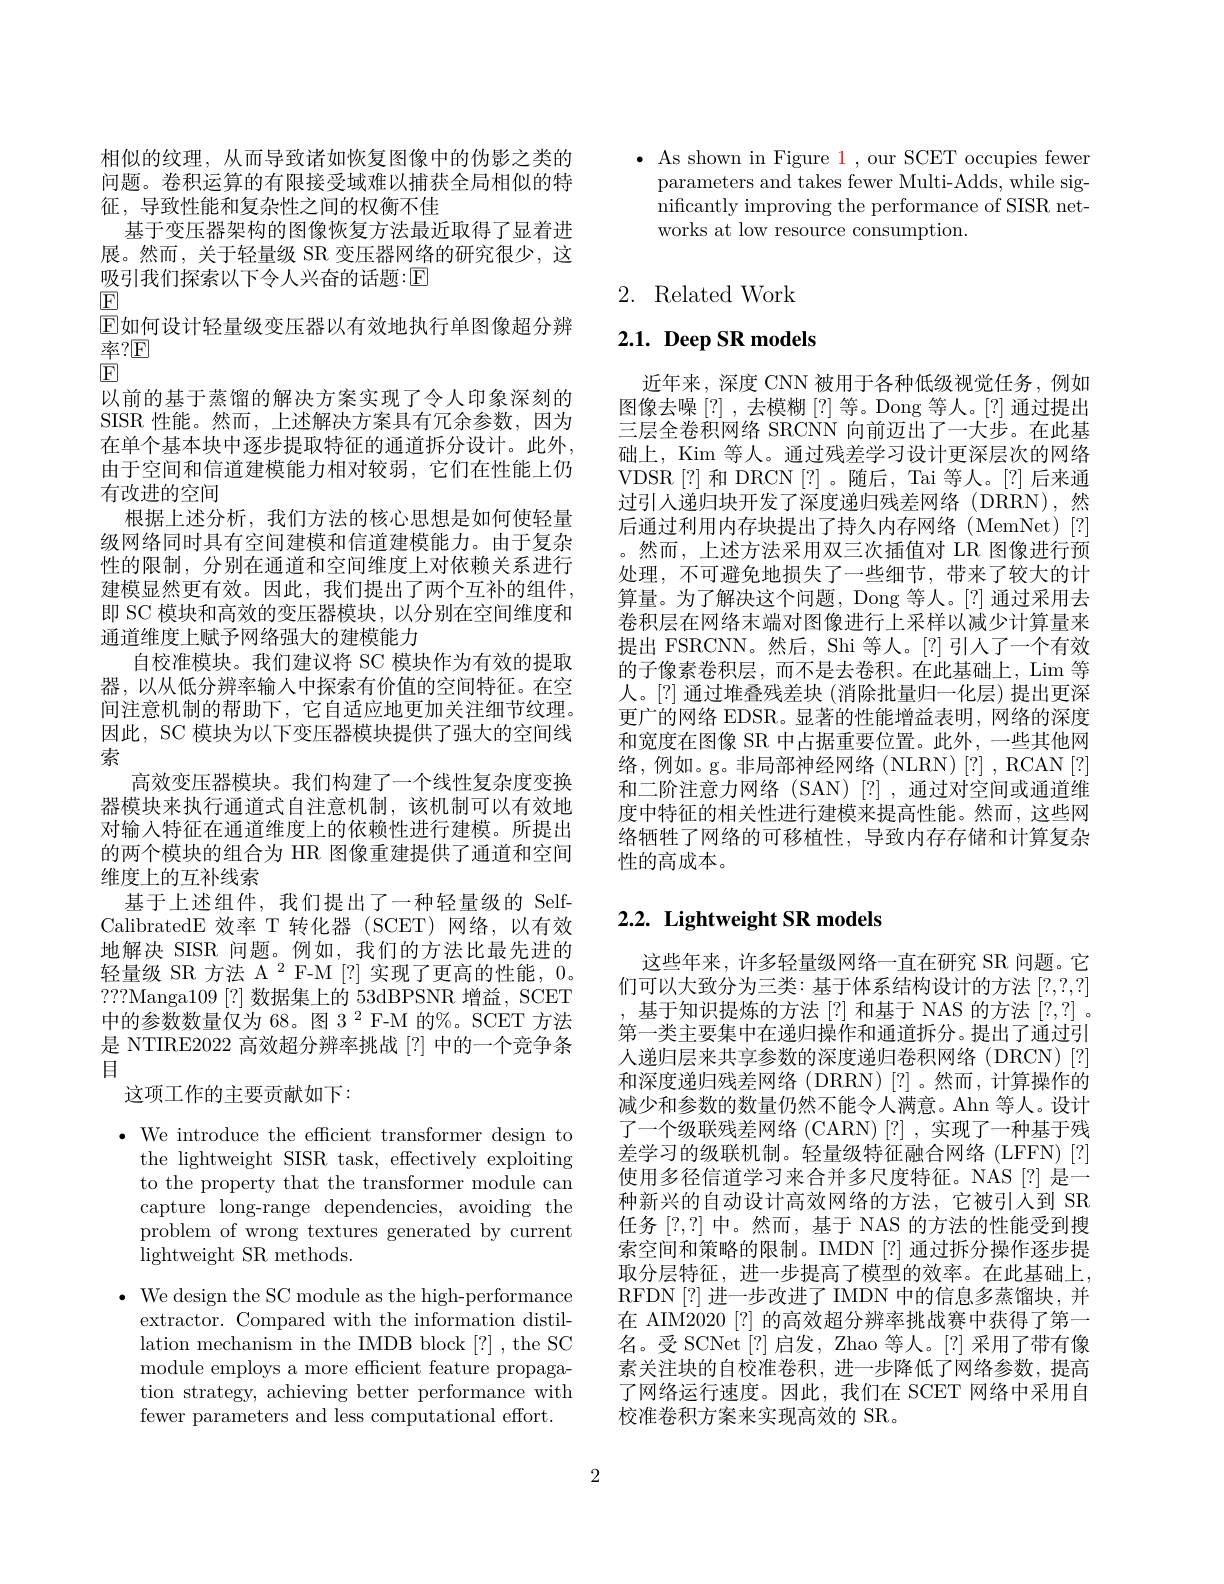
相似的纹理，从而导致诸如恢复图像中的伪影之类的问题。卷积运算的有限接受域难以捕获全局相似的特征，导致性能和复杂性之间的权衡不佳
基于变压器架构的图像恢复方法最近取得了显着进展。然而，关于轻量级 SR 变压器网络的研究很少，这吸引我们探索以下令人兴奋的话题：$\boxed{\mathrm{E}}$
$\boxed{\mathrm{F}}$
$\operatorname{E}$如何设计轻量级变压器以有效地执行单图像超分辨
率？$\underline{\mathrm{F}}$
$\textcircled{\mathrm{F}}$
以前的基于蒸馏的解决方案实现了令人印象深刻的SISR 性能。然而，上述解决方案具有冗余参数，因为在单个基本块中逐步提取特征的通道拆分设计。此外， 由于空间和信道建模能力相对较弱，它们在性能上仍有改进的空间
根据上述分析，我们方法的核心思想是如何使轻量级网络同时具有空间建模和信道建模能力。由于复杂性的限制，分别在通道和空间维度上对依赖关系进行建模显然更有效。因此，我们提出了两个互补的组件， 即 SC 模块和高效的变压器模块，以分别在空间维度和通道维度上赋予网络强大的建模能力
自校准模块。我们建议将 SC 模块作为有效的提取器，以从低分辨率输入中探索有价值的空间特征。在空间注意机制的帮助下，它自适应地更加关注细节纹理。因此，SC 模块为以下变压器模块提供了强大的空间线索
高效变压器模块。我们构建了一个线性复杂度变换器模块来执行通道式自注意机制，该机制可以有效地对输入特征在通道维度上的依赖性进行建模。所提出的两个模块的组合为 HR 图像重建提供了通道和空间维度上的互补线索
基于上述组件，我们提出了一种轻量级的 SelfCalibratedE 效率 T 转化器 (SCET) 网络，以有效地解决 SISR 问题。例如，我们的方法比最先进的轻量级 SR 方法 A $^2$ F-M [?] 实现了更高的性能，0。???Manga109 [?] 数据集上的 53dBPSNR 增益，SCET 中的参数数量仅为 68。图 3 2 F-M 的%。SCET 方法是 NTIRE2022 高效超分辨率挑战[?] 中的一个竞争条目
这项工作的主要贡献如下：
$\cdot$ We introduce the efficient transformer design to
the lightweight SISR task, effectively exploiting to the property that the transformer module can capture long-range dependencies, avoiding the problem of wrong textures generated by current ${\mathrm{lightweight~SR~methods.}}$
$\bullet$ We design the SC module as the high-performance
extractor. Compared with the information distillation mechanism in the IMDB block [?] , the SC module employs a more efficient feature propagation strategy, achieving better performance with

fewer parameters and less computational effort.

$\bullet$ As shown in Figure 1, our SCET occupies fewer
parameters and takes fewer Multi-Adds, while significantly improving the performance of SISR networks at low resource consumption

## 2. Related Work

# $2. 1. \textbf{ Deep SR models}$

近年来，深度 CNN 被用于各种低级视觉任务，例如图像去噪[?] ,去模糊[?]等。Dong 等人。[?] 通过提出三层全卷积网络 SRCNN 向前迈出了一大步。在此基础上，Kim 等人。通过残差学习设计更深层次的网络VDSR[?] 和 DRCN[?]。随后，Tai 等人。[?] 后来通过引人递归块开发了深度递归残差网络(DRRN),然后通过利用内存块提出了持久内存网络(MemNet)[?] 。然而，上述方法采用双三次插值对 LR 图像进行预处理，不可避免地损失了一些细节，带来了较大的计算量。为了解决这个问题，Dong 等人。[?] 通过采用去卷积层在网络末端对图像进行上采样以减少计算量来提出 FSRCNN。然后，Shi 等人。[?] 引人了一个有效的子像素卷积层，而不是去卷积。在此基础上，Lim 等人。[?] 通过堆叠残差块 (消除批量归一化层) 提出更深更广的网络 EDSR。显著的性能增益表明，网络的深度和宽度在图像 SR 中占据重要位置。此外，一些其他网络，例如。g。非局部神经网络(NLRN)[?],RCAN[?] 和二阶注意力网络 (SAN)[?],通过对空间或通道维度中特征的相关性进行建模来提高性能。然而，这些网络牺牲了网络的可移植性，导致内存存储和计算复杂性的高成本。

# $2. 2. \textbf{ Lightweight SR models}$

这些年来，许多轻量级网络一直在研究 SR 问题。它们可以大致分为三类：基于体系结构设计的方法[?,?,?] ,基于知识提炼的方法[?] 和基于 NAS 的方法[?,?] 。第一类主要集中在递归操作和通道拆分。提出了通过引人递归层来共享参数的深度递归卷积网络(DRCN)[?] 和深度递归残差网络(DRRN)[?]。然而，计算操作的减少和参数的数量仍然不能令人满意。Ahn 等人。设计了一个级联残差网络 (CARN)[?] ,实现了一种基于残差学习的级联机制。轻量级特征融合网络(LFFN)[?] 使用多径信道学习来合并多尺度特征。NAS [?] 是一种新兴的自动设计高效网络的方法，它被引入到 SR 任务[?,?]中。然而，基于 NAS 的方法的性能受到搜索空间和策略的限制。IMDN[?] 通过拆分操作逐步提取分层特征，进一步提高了模型的效率。在此基础上， RFDN[?]进一步改进了IMDN 中的信息多蒸馏块，并在 AIM2020[?] 的高效超分辨率挑战赛中获得了第一名。受 SCNet[?] 启发，Zhao 等人。[?] 采用了带有像素关注块的自校准卷积，进一步降低了网络参数，提高了网络运行速度。因此，我们在 SCET 网络中采用自校准卷积方案来实现高效的 SR。

2